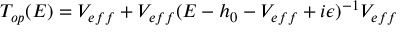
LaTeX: T _ { o p } ( E ) = V _ { e f f } + V _ { e f f } ( E - h _ { 0 } - V _ { e f f } + i \epsilon ) ^ { - 1 } V _ { e f f }